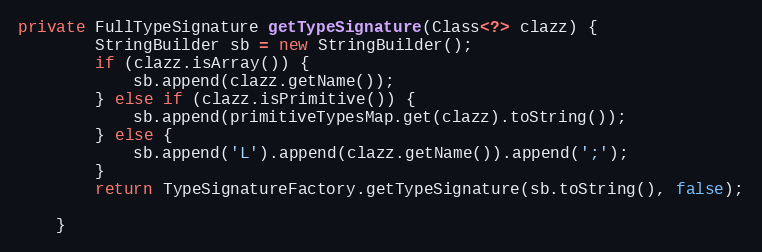
Language: Java
private FullTypeSignature getTypeSignature(Class<?> clazz) {
		StringBuilder sb = new StringBuilder();
		if (clazz.isArray()) {
			sb.append(clazz.getName());
		} else if (clazz.isPrimitive()) {
			sb.append(primitiveTypesMap.get(clazz).toString());
		} else {
			sb.append('L').append(clazz.getName()).append(';');
		}
		return TypeSignatureFactory.getTypeSignature(sb.toString(), false);

	}